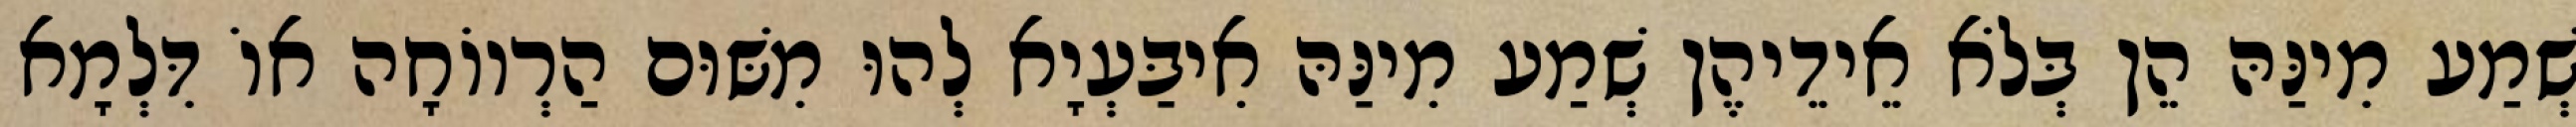
שְׁמַע מִינַּהּ הֵן בְּלֹא אֵידֵיהֶן שְׁמַע מִינַּהּ אִיבַּעְיָא לְהוּ מִשּׁוּם הַרְווֹחָה אוֹ דִּלְמָא